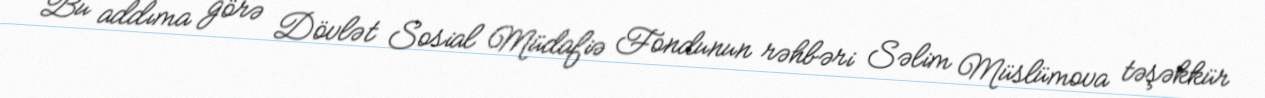
Bu addıma görə Dövlət Sosial Müdafiə Fondunun rəhbəri Səlim Müslümova təşəkkür